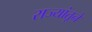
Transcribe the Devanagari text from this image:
राज्यांतूने